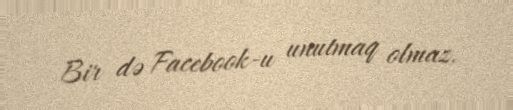
Bir də Facebook-u unutmaq olmaz.